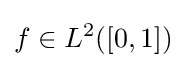
f\in L^{2}([0,1])